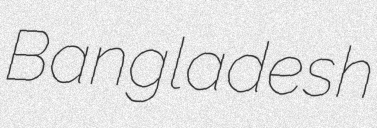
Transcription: Bangladesh